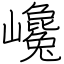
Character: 巉